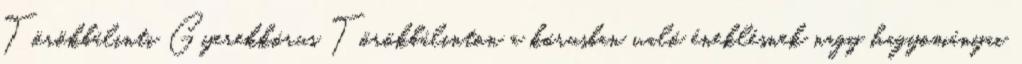
Törökbálinti Gyerekkórus Törökbálinton a kórusban való éneklésnek nagy hagyományai